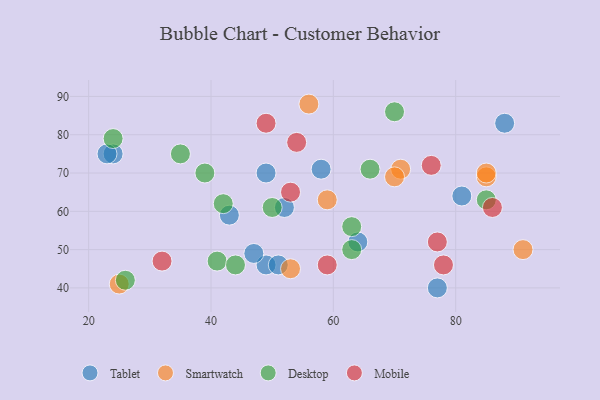
{"axis": {"x": "GDP", "y": "Life Expectancy"}, "legend": ["Desktop", "Mobile", "Smartwatch", "Tablet"], "data": [{"x": "49", "y": 46, "type": "Tablet"}, {"x": "77", "y": 40, "type": "Tablet"}, {"x": "52", "y": 61, "type": "Tablet"}, {"x": "51", "y": 46, "type": "Tablet"}, {"x": "88", "y": 83, "type": "Tablet"}, {"x": "24", "y": 75, "type": "Tablet"}, {"x": "58", "y": 71, "type": "Tablet"}, {"x": "81", "y": 64, "type": "Tablet"}, {"x": "43", "y": 59, "type": "Tablet"}, {"x": "23", "y": 75, "type": "Tablet"}, {"x": "64", "y": 52, "type": "Tablet"}, {"x": "47", "y": 49, "type": "Tablet"}, {"x": "49", "y": 70, "type": "Tablet"}, {"x": "71", "y": 71, "type": "Smartwatch"}, {"x": "91", "y": 50, "type": "Smartwatch"}, {"x": "70", "y": 69, "type": "Smartwatch"}, {"x": "25", "y": 41, "type": "Smartwatch"}, {"x": "53", "y": 45, "type": "Smartwatch"}, {"x": "85", "y": 69, "type": "Smartwatch"}, {"x": "56", "y": 88, "type": "Smartwatch"}, {"x": "85", "y": 70, "type": "Smartwatch"}, {"x": "59", "y": 63, "type": "Smartwatch"}, {"x": "66", "y": 71, "type": "Desktop"}, {"x": "50", "y": 61, "type": "Desktop"}, {"x": "26", "y": 42, "type": "Desktop"}, {"x": "70", "y": 86, "type": "Desktop"}, {"x": "24", "y": 79, "type": "Desktop"}, {"x": "63", "y": 50, "type": "Desktop"}, {"x": "42", "y": 62, "type": "Desktop"}, {"x": "41", "y": 47, "type": "Desktop"}, {"x": "85", "y": 63, "type": "Desktop"}, {"x": "35", "y": 75, "type": "Desktop"}, {"x": "63", "y": 56, "type": "Desktop"}, {"x": "44", "y": 46, "type": "Desktop"}, {"x": "39", "y": 70, "type": "Desktop"}, {"x": "76", "y": 72, "type": "Mobile"}, {"x": "49", "y": 83, "type": "Mobile"}, {"x": "59", "y": 46, "type": "Mobile"}, {"x": "77", "y": 52, "type": "Mobile"}, {"x": "32", "y": 47, "type": "Mobile"}, {"x": "86", "y": 61, "type": "Mobile"}, {"x": "53", "y": 65, "type": "Mobile"}, {"x": "54", "y": 78, "type": "Mobile"}, {"x": "78", "y": 46, "type": "Mobile"}]}